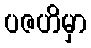
ပဇဟိမှာ